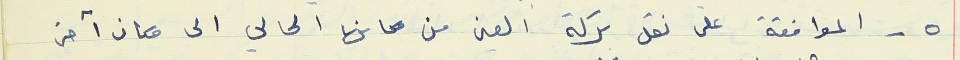
٥ - الموافقة على نقل بركة العين من مكانها الحالي الى مكان آخر